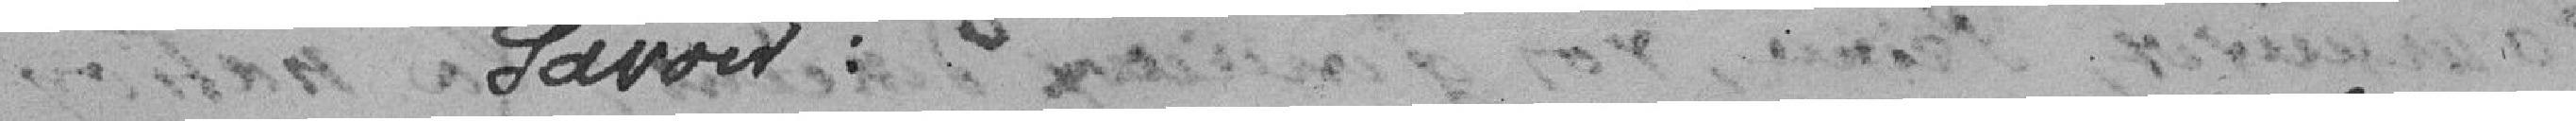
savoir :